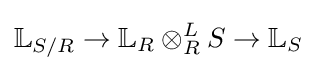
\mathbb {L} _{S/R}\to \mathbb {L} _{R}\otimes _{R}^{L}S\to \mathbb {L} _{S}